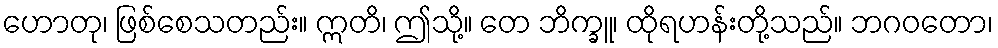
ဟောတု၊ ဖြစ်စေသတည်း။ ဣတိ၊ ဤသို့။ တေ ဘိက္ခူ၊ ထိုရဟန်းတို့သည်။ ဘဂဝတော၊